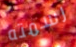
رسمته